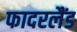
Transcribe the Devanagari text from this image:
फादरलैंड